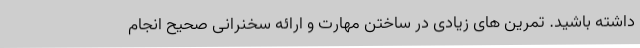
داشته باشید. تمرین های زیادی در ساختن مهارت و ارائه سخنرانی صحیح انجام